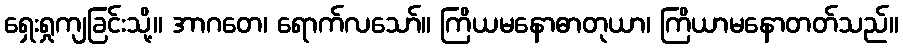
ရှေးရှုကျခြင်းသို့။ အာဂတေ၊ ရောက်လသော်။ ကြိယမနောဓာတုယာ၊ ကြိယာမနောတတ်သည်။